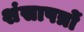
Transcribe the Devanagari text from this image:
शंसापत्रों